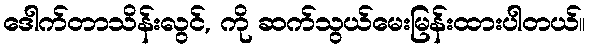
ဒေါက်တာသိန်းလွင်, ကို ဆက်သွယ်မေးမြန်းထားပါတယ်။